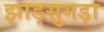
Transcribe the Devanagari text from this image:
झाड़सुगड़ा